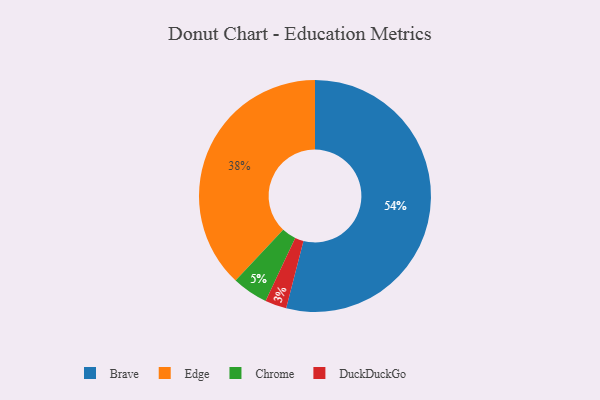
{"axis": {"x": "Category", "y": "Percentage"}, "legend": ["Brave", "Chrome", "DuckDuckGo", "Edge"], "data": [{"x": "Chrome", "y": 5, "type": "Chrome"}, {"x": "Edge", "y": 38, "type": "Edge"}, {"x": "DuckDuckGo", "y": 3, "type": "DuckDuckGo"}, {"x": "Brave", "y": 54, "type": "Brave"}]}